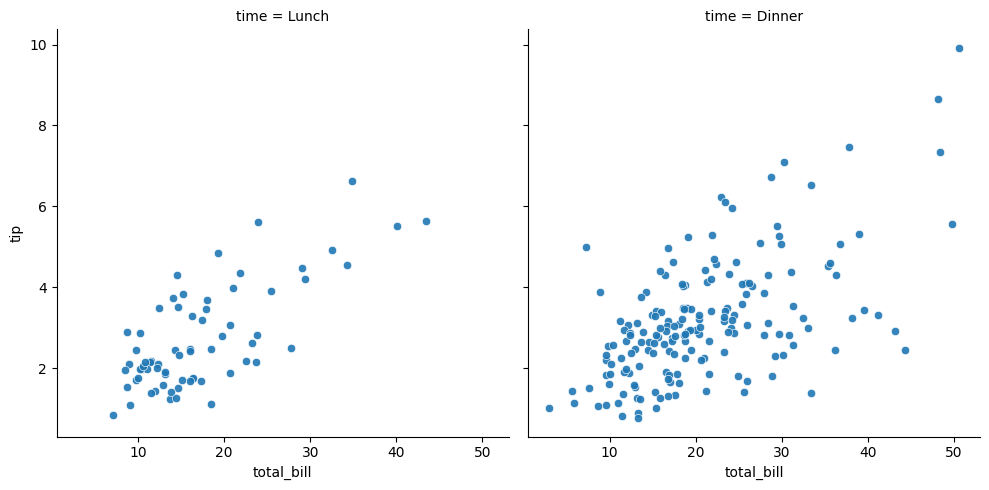
python, seaborn, relplot, alpha=0.9